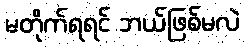
မတိုက်ရရင် ဘယ်ဖြစ်မလဲ